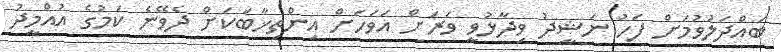
ބައްދަލުވުމަށް ފަހު ނަޝީދު ވިދާޅުވީ ވަރަށް އަވަހަށް އިންތިޚާބަކަށް ދެވޭނެ ކަމުގެ އުއްމީދު